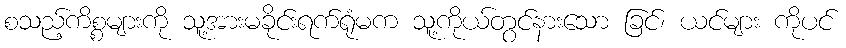
စသည့်ကိစ္စများကို သူ့အားမခိုင်းရက်ရုံမက သူ့ကိုယ်တွင်နားသော ခြင်၊ ယင်များ ကိုပင်